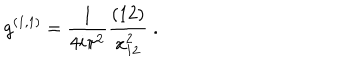
g ^ { ( 1 , 1 ) } = { \frac { 1 } { 4 i \pi ^ { 2 } } } { \frac { ( 1 2 ) } { x _ { 1 2 } ^ { 2 } } } \; .